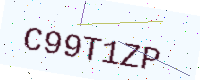
Text: C99T1ZP